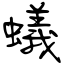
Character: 蟻